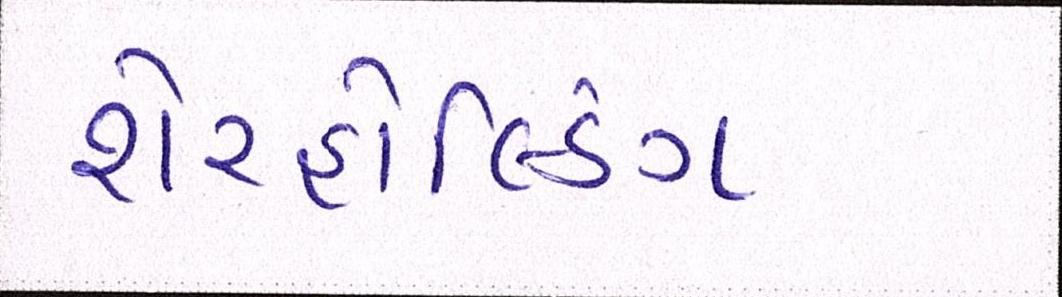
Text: શેરહોલ્ડિંગ